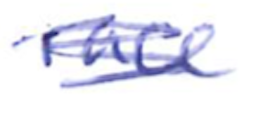
Text: race
Cross-out: scratch
Writing tool: ballpoint